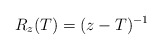
\begin{align*}R_z(T) = (z-T)^{-1}\end{align*}